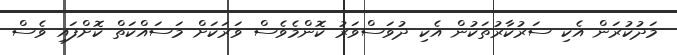
މަދުކުރަން އެކި ސަރުކާރުތަކުން އެކި ދުވަސްވަރު ކޮންމެވެސް ވަރަކަށް މަސައްކަތް ކޮށްފައި ވެސް